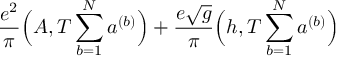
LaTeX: \frac { e ^ { 2 } } { \pi } \Big ( A , T \sum _ { b = 1 } ^ { N } a ^ { ( b ) } \Big ) + \frac { e \sqrt { g } } { \pi } \Big ( h , T \sum _ { b = 1 } ^ { N } a ^ { ( b ) } \Big )